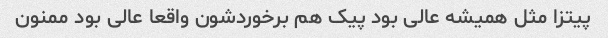
پیتزا مثل همیشه عالی بود پیک هم برخوردشون واقعا عالی بود ممنون